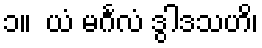
၁။  ယံ မင်္ဂလံ ဒွါဒသဟိ၊